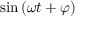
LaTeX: \sin { ( \omega t + \varphi ) }